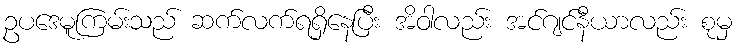
ဥပဒေမူကြမ်းသည် ဆက်လက်ရရှိနေပြီး အိဝါလည်း အင်ဂျင်နီယာလည်း စုမှ